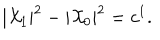
LaTeX: | { \cal X } _ { 1 } | ^ { 2 } - | { \cal X } _ { 0 } | ^ { 2 } = c ^ { 1 } .